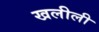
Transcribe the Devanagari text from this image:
खलीली